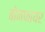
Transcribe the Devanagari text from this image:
बोनफायर